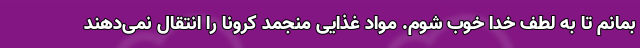
بمانم تا به لطف خدا خوب شوم. مواد غذایی منجمد کرونا را انتقال نمی‌دهند